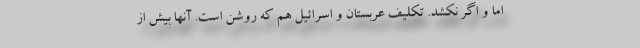
اما و اگر نکشد. تکلیف عربستان و اسرائیل هم که روشن است. آنها بیش از